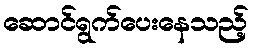
ဆောင်ရွက်ပေးနေသည့်